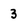
Character: 3